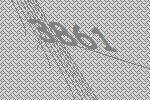
3861